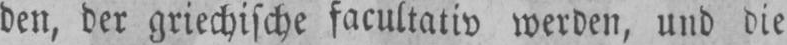
den, der griechische facultativ werden, und die